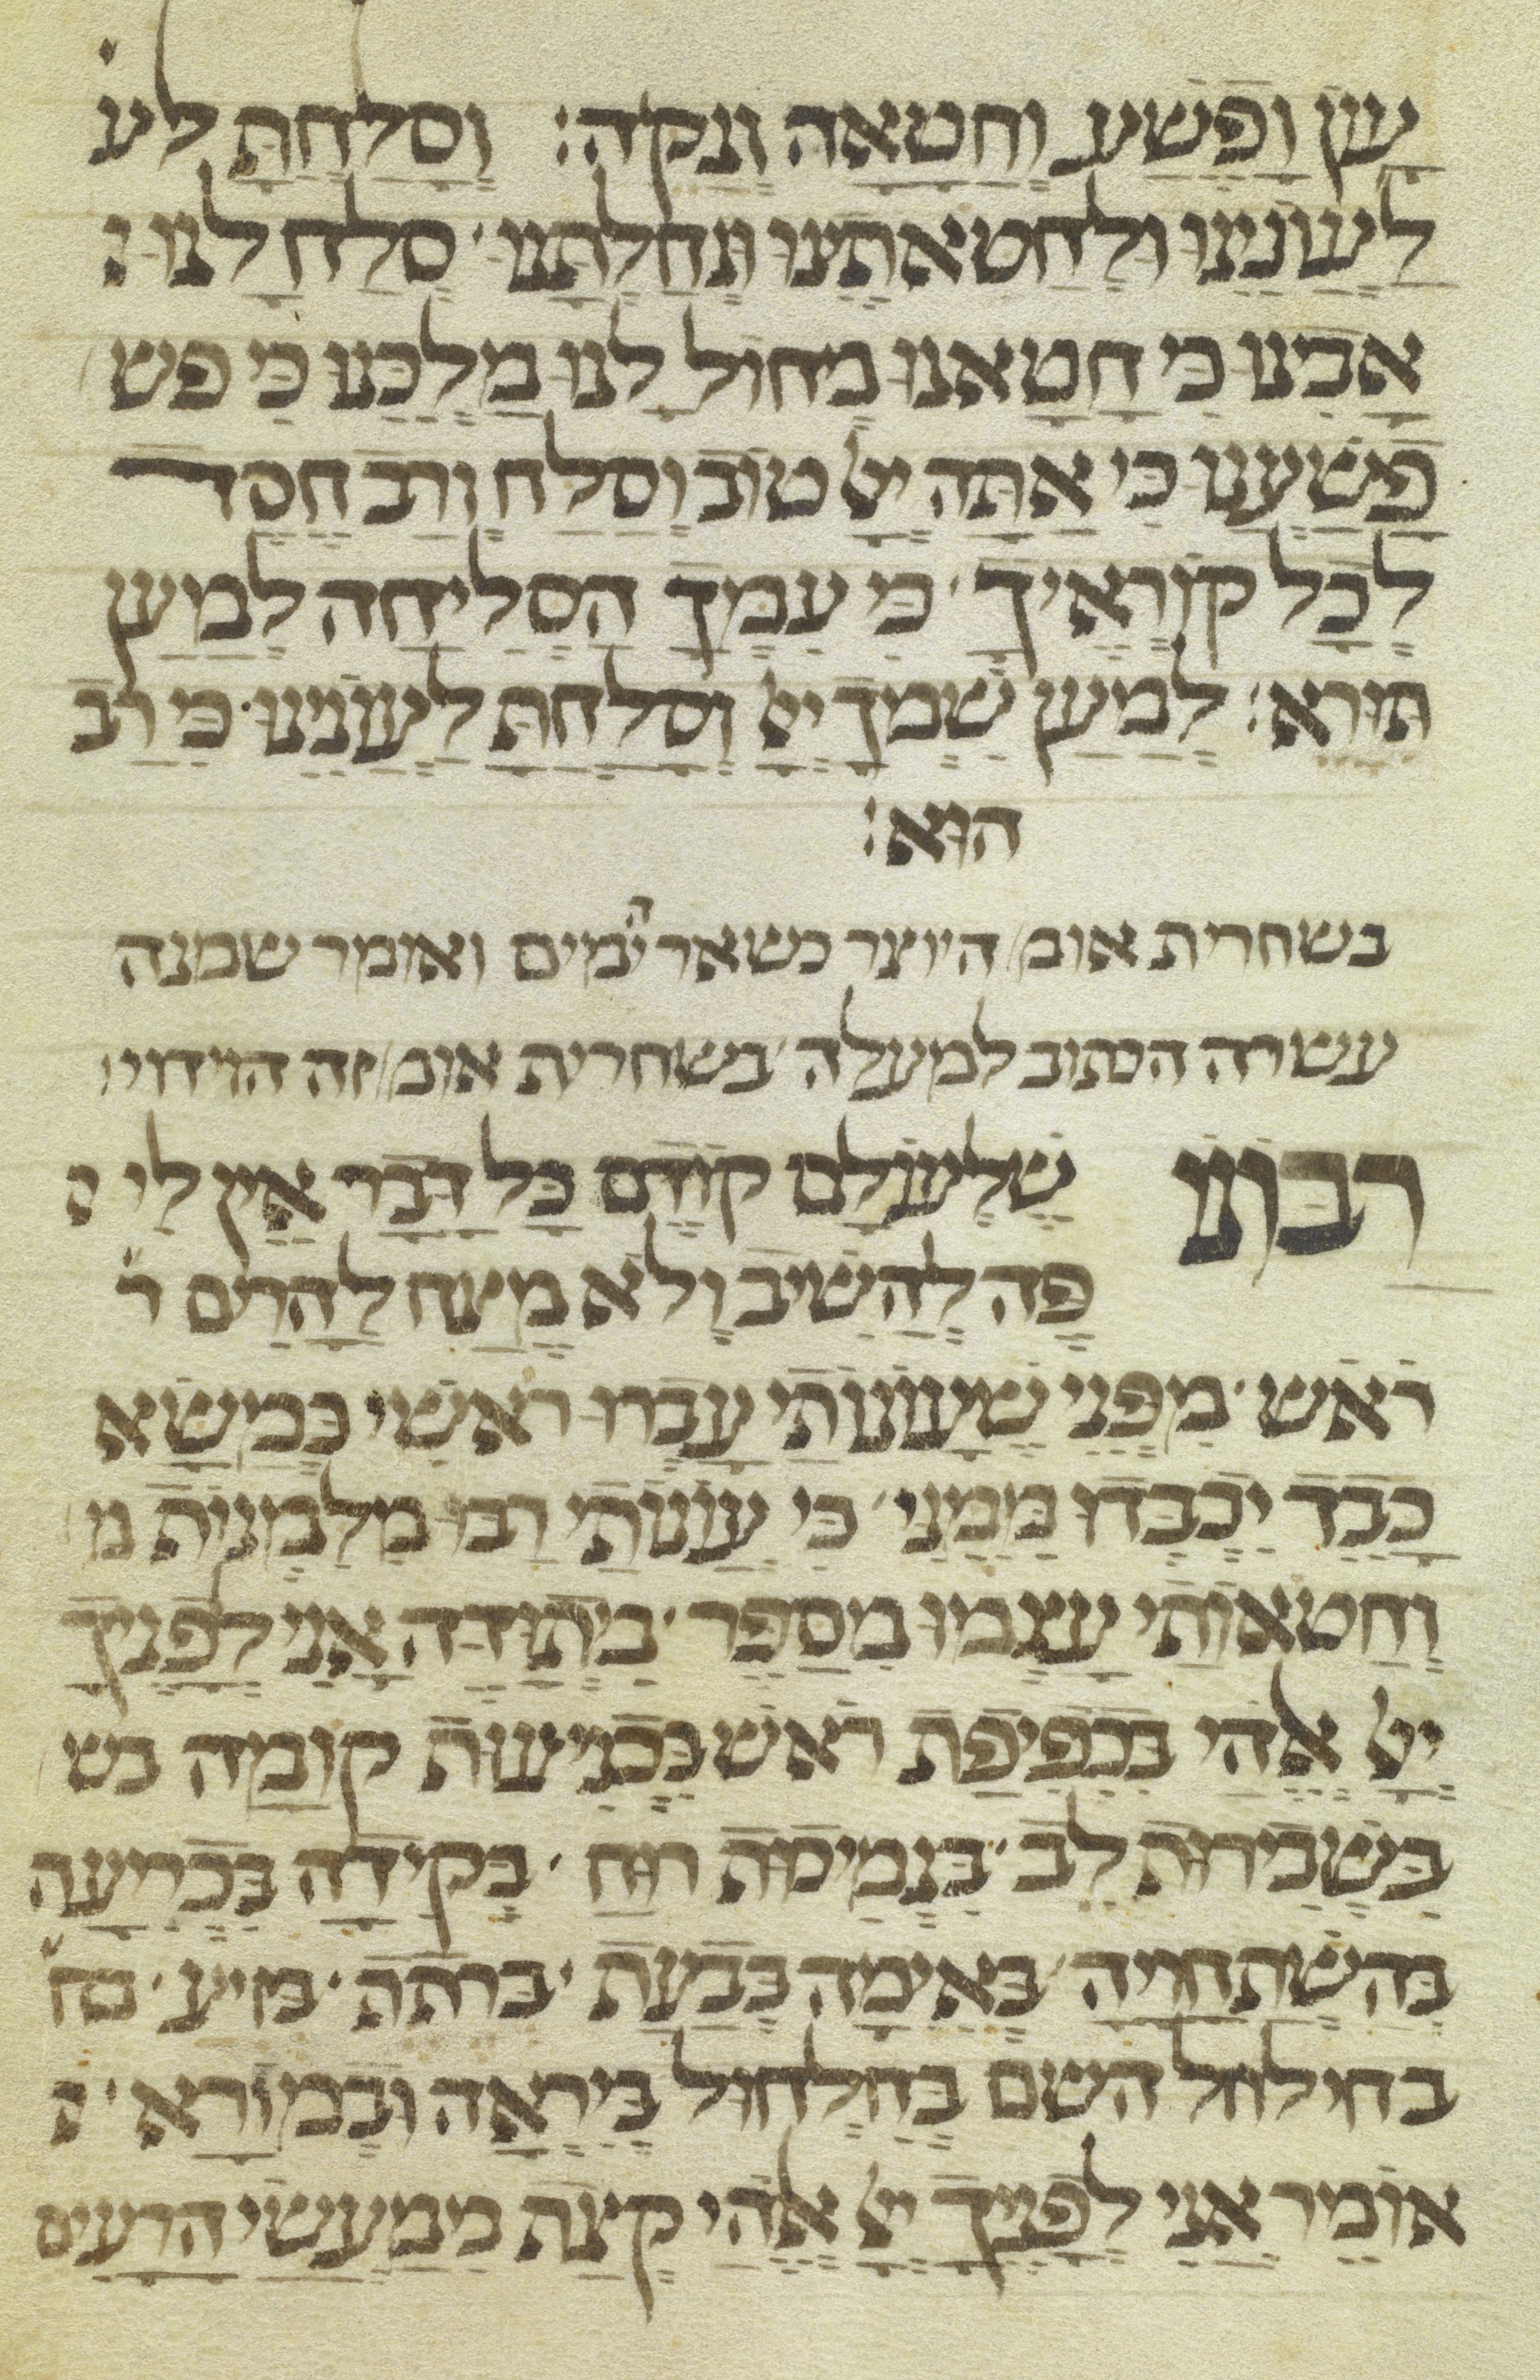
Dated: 1300–1399